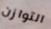
التوازن